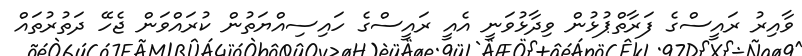
ވާއިރު ރައީސްގެ ފަރާތްޕުޅުން ވިދާޅުވަނީ އެއީ ރައީސްގެ ހައިސިއްޔަތުން ކުރައްވަން ޖެހޭ ދަތުރުތައް